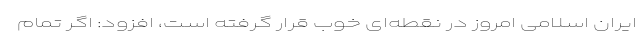
ایران اسلامی امروز در نقطه‌ای خوب قرار گرفته است، افزود: اگر تمام